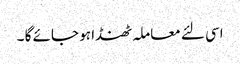
اسی لئے معاملہ ٹھنڈا ہو جائے گا ۔